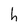
Character: h